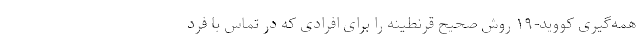
همه‌گیری کووید-۱۹ روش صحیحِ قرنطینه را برای افرادی که در تماس با فرد